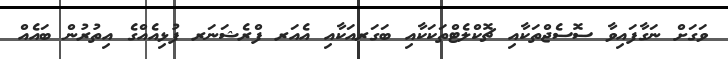
ވަގަށް ނަގާފައިވާ ސޮސެޖްތަކާއި ޗޮކްލެޓްތަކަކާއި ބަގަރއަކާއި އެއަރ ފްރެޝަނަރ ފުޅިއެއްގެ އިތުރުން ބައެއް